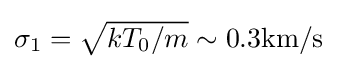
{\textstyle \sigma _{1}={\sqrt {kT_{0}/m}}\sim \mathrm {0.3km/s} }